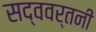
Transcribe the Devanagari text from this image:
सद्ववर्तनी